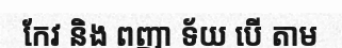
កែវ និង ពញា ទ័យ បើ តាម